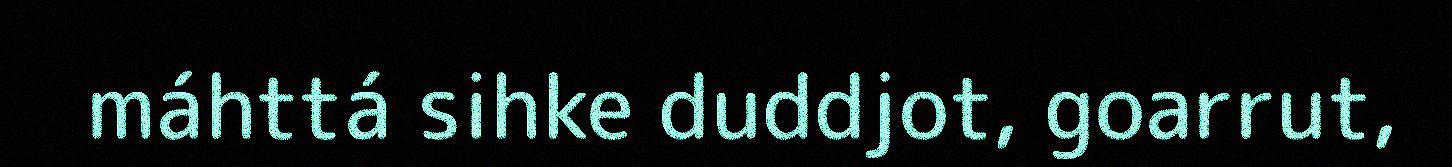
máhttá sihke duddjot, goarrut,